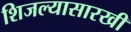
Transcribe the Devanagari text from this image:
शिजल्यासारखी